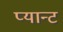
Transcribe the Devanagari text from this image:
प्यान्ट